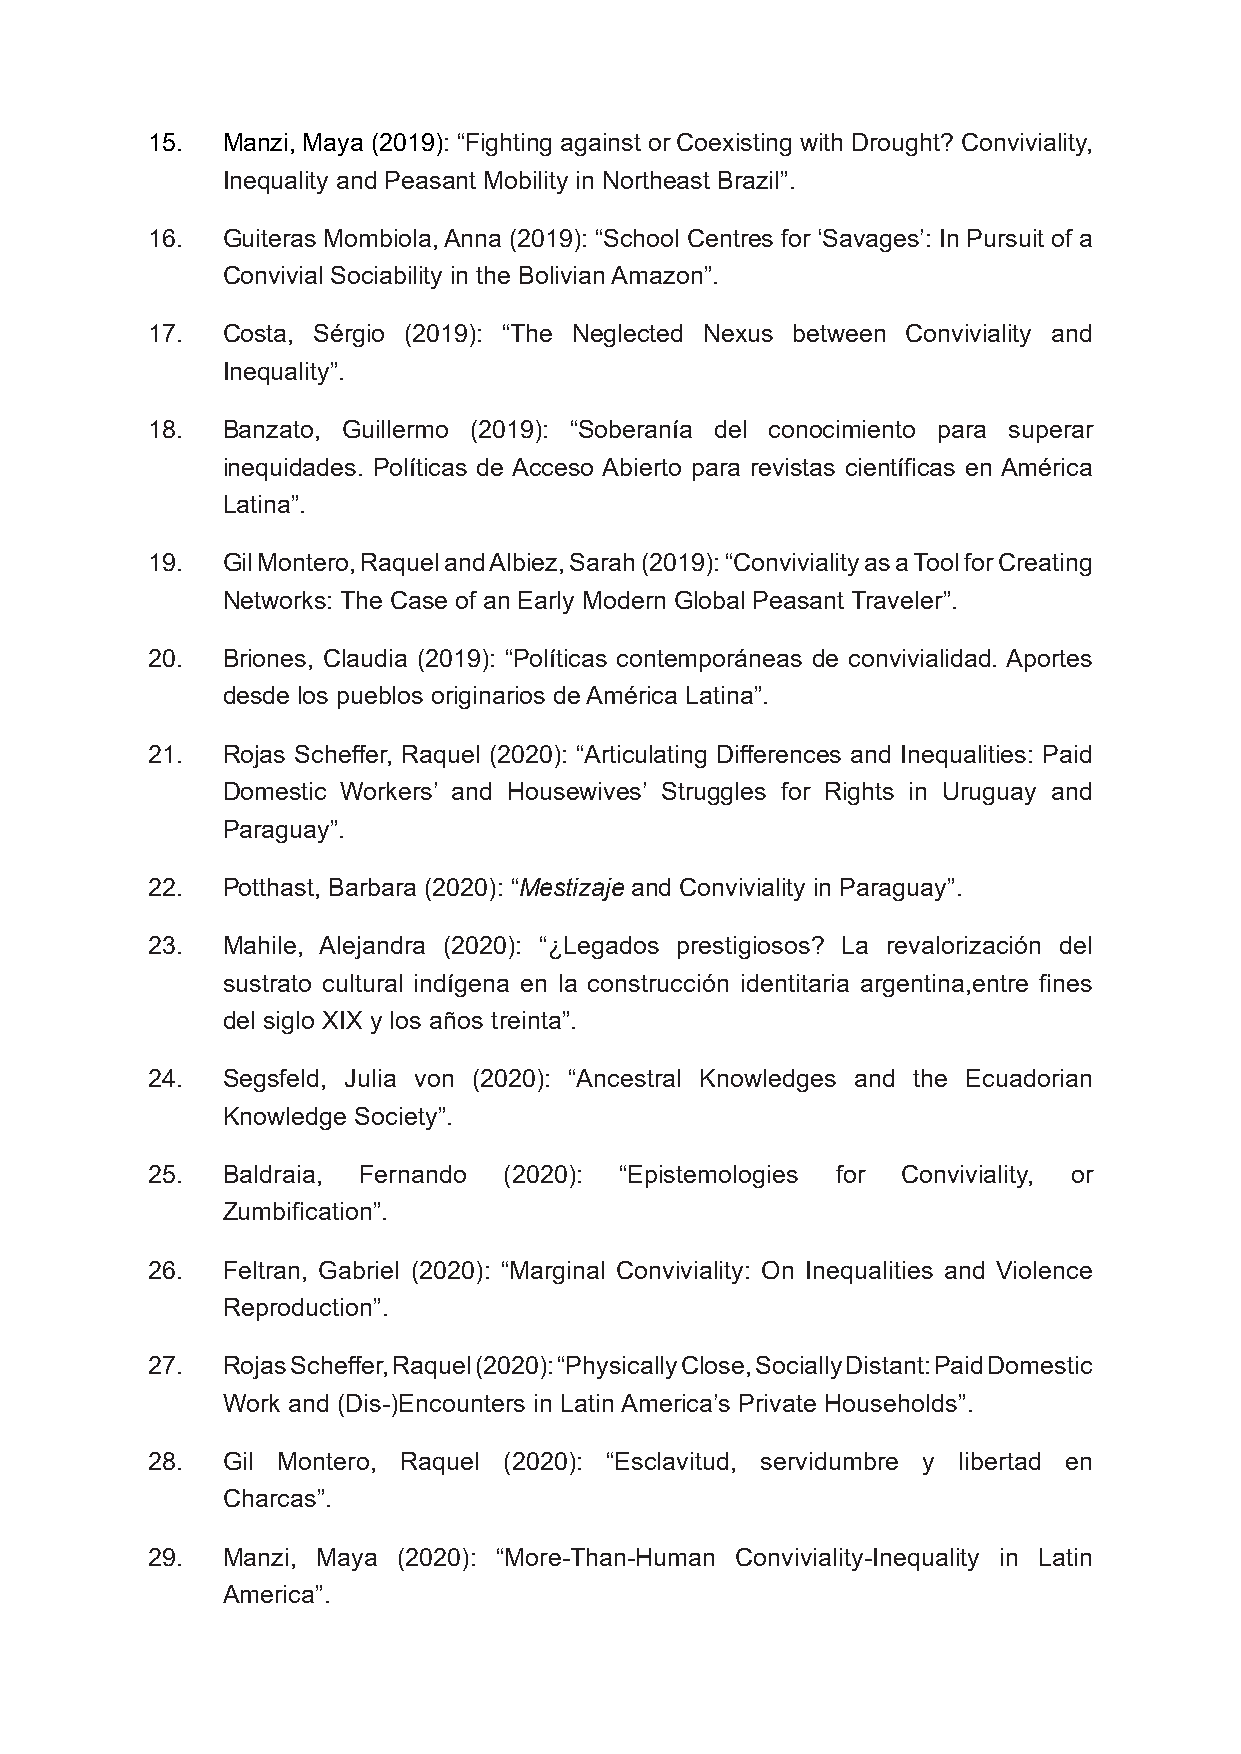
15.  Manzi, Maya (2019): “Fighting against or Coexisting with Drought? Conviviality,
 Inequality and Peasant Mobility in Northeast Brazil”.
 16.  Guiteras Mombiola, Anna (2019): “School Centres for ‘Savages’: In Pursuit of a
 Convivial Sociability in the Bolivian Amazon”.
 17.  Costa, Sérgio (2019): “The Neglected Nexus between Conviviality and
 Inequality”.
 18.  Banzato, Guillermo (2019): “Soberanía del conocimiento para superar
 inequidades. Políticas de Acceso Abierto para revistas científicas en América
 Latina”.
 19.  Gil Montero, Raquel and Albiez, Sarah (2019): “Conviviality as a Tool for Creating
 Networks: The Case of an Early Modern Global Peasant Traveler”.
 20.  Briones, Claudia (2019): “Políticas contemporáneas de convivialidad. Aportes
 desde los pueblos originarios de América Latina”.
 21.  Rojas Scheffer, Raquel (2020): “Articulating Differences and Inequalities: Paid
 Domestic Workers’ and Housewives’ Struggles for Rights in Uruguay and
 Paraguay”.
 22.  Potthast, Barbara (2020): “Mestizaje and Conviviality in Paraguay”.
 23.  Mahile, Alejandra (2020): “¿Legados prestigiosos? La revalorización del
 sustrato cultural indígena en la construcción identitaria argentina,entre fines
 del siglo XIX y los años treinta”.
 24.  Segsfeld, Julia von (2020): “Ancestral Knowledges and the Ecuadorian
 Knowledge Society”.
 25.  Baldraia, Fernando (2020): “Epistemologies for Conviviality, or
 Zumbification”.
 26.  Feltran, Gabriel (2020): “Marginal Conviviality: On Inequalities and Violence
 Reproduction”.
 27.  Rojas Scheffer, Raquel (2020): “Physically Close, Socially Distant: Paid Domestic
 Work and (Dis-)Encounters in Latin America’s Private Households”.
 28.  Gil Montero, Raquel (2020): “Esclavitud, servidumbre y libertad en
 Charcas”.
 29.  Manzi, Maya (2020): “More-Than-Human Conviviality-Inequality in Latin
 America”.